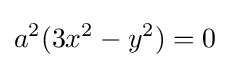
a^{2}(3x^{2}-y^{2})=0